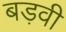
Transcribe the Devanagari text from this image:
बड़वी